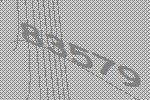
83579